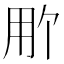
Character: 𬎽